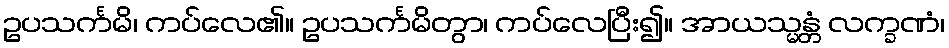
ဥပသင်္ကမိ၊ ကပ်လေ၏။ ဥပသင်္ကမိတွာ၊ ကပ်လေပြီး၍။ အာယသ္မန္တံ လက္ခဏံ၊